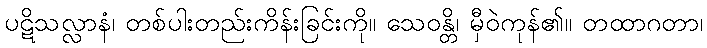
ပဋိသလ္လာနံ၊ တစ်ပါးတည်းကိန်းခြင်းကို။ သေဝန္တိ၊ မှီဝဲကုန်၏။ တထာဂတာ၊